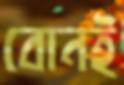
বোনই